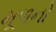
મૂળનો